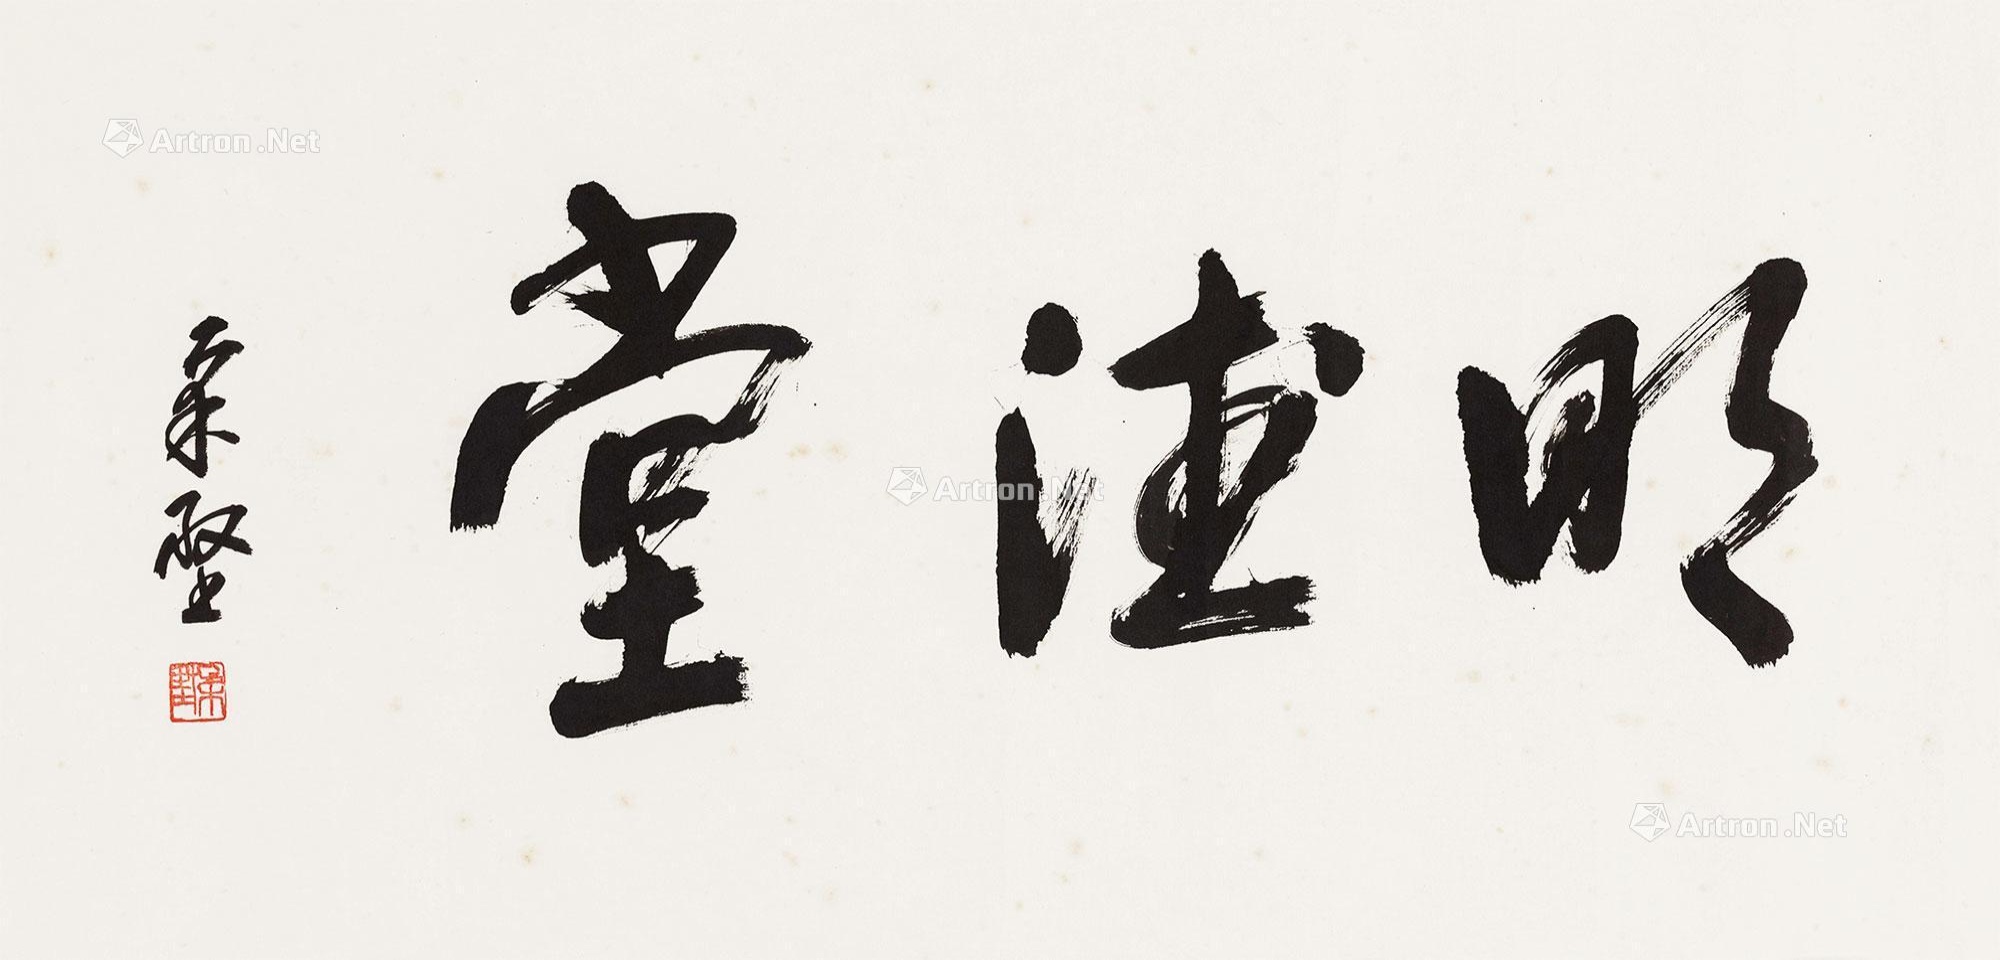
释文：明德堂柔坚。